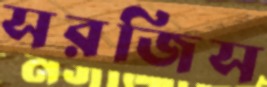
সরজিস